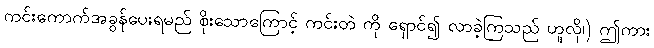
ကင်းကောက်အခွန်ပေးရမည် စိုးသောကြောင့် ကင်းတဲ ကို ရှောင်၍ လာခဲ့ကြသည် ဟူလို၊) ဤကား